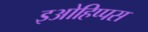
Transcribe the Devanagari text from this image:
इओहिप्पस